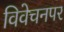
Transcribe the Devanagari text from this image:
विवेचनपर